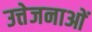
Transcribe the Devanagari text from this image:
उत्तेजनाआें